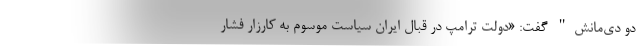
دو دی‌مانش" گفت: «دولت ترامپ در قبال ایران سیاست موسوم به کارزار فشار